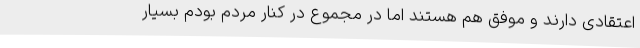
اعتقادی دارند و موفق هم هستند اما در مجموع در کنار مردم بودم بسیار